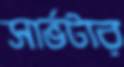
সার্ভটার